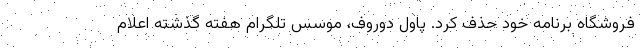
فروشگاه برنامه خود حذف کرد. پاول دوروف، موسس تلگرام هفته گذشته اعلام